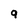
Character: 9